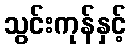
သွင်းကုန်နှင့်